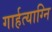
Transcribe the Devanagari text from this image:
गार्हत्याग्नि